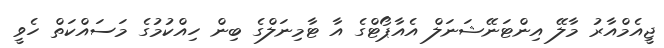
ޖީއެމްއާރު މާލޭ އިންޓަނޭޝަނަލް އެއާޕޯޓްގެ އާ ޓާމިނަލްގެ ބިން ހިއްކުމުގެ މަސައްކަތް ހެވީ